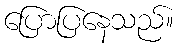
ပြောပြနေသည်။